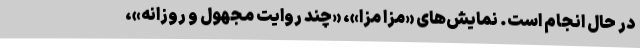
در حال انجام است. نمایش‌های «مزا مزا»، «چند روایت مجهول و روزانه»،